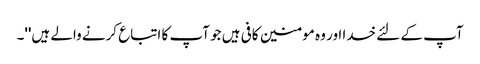
آپ کے لئے خدا اور وہ مومنین کافی ہیں جو آپ کا اتباع کرنے والے ہیں''۔